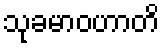
သုခမာဝဟာတိ